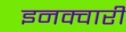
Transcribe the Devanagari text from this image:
इनक्वारी